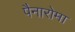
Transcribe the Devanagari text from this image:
पैनारोमा